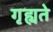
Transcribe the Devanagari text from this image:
गृह्यते